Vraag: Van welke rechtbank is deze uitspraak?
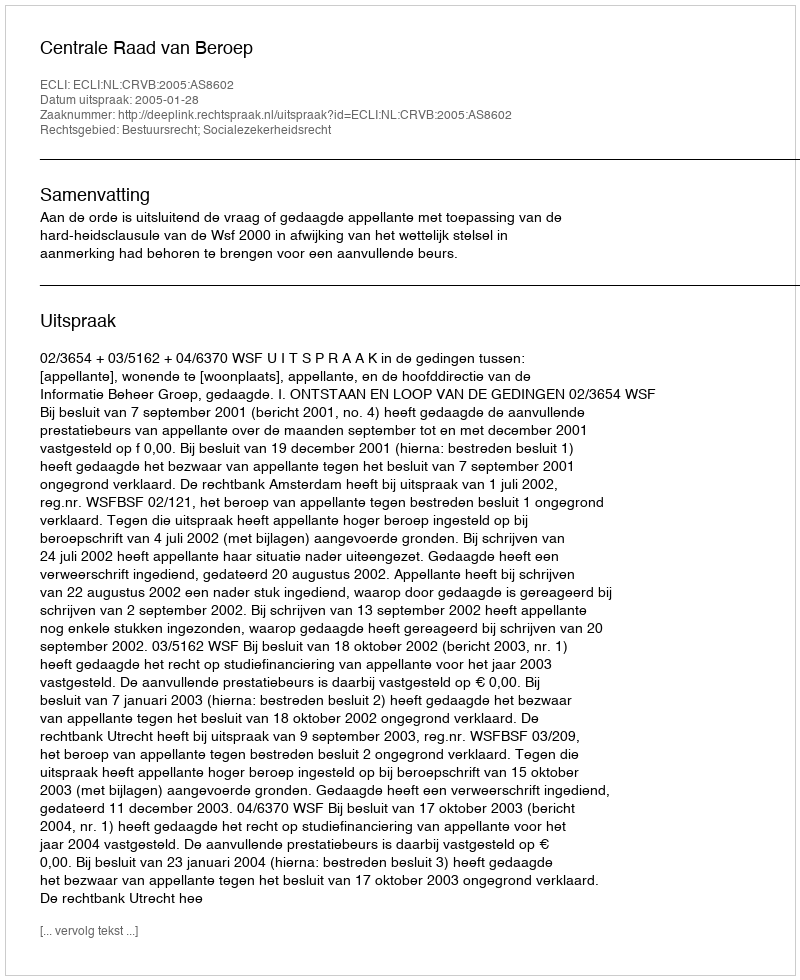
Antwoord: Centrale Raad van Beroep